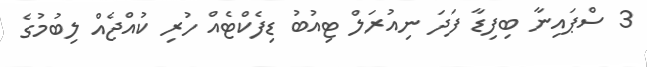
3 ސްޕައިނާ ބިފިޑާ ފަދަ ނިއުރަލް ޓިއުބު ޑިފެކްޓެއް ހުރި ކުއްޖެއް ލިބުމުގެ